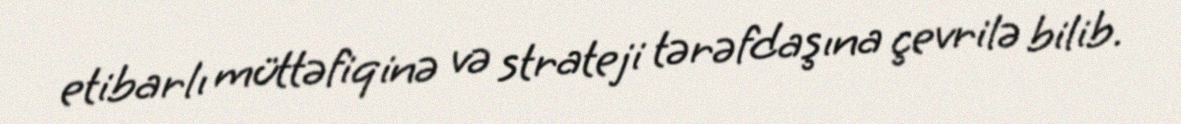
etibarlı müttəfiqinə və strateji tərəfdaşına çevrilə bilib.